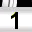
Digit: 1